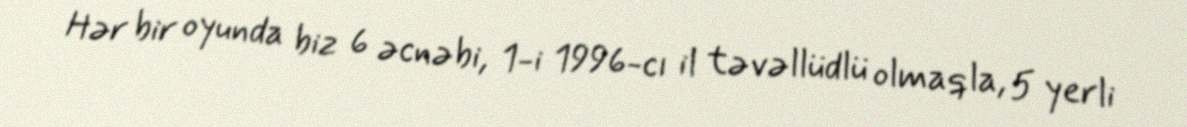
Hər bir oyunda biz 6 əcnəbi, 1-i 1996-cı il təvəllüdlü olmaqla, 5 yerli